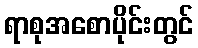
ရာစုအစောပိုင်းတွင်